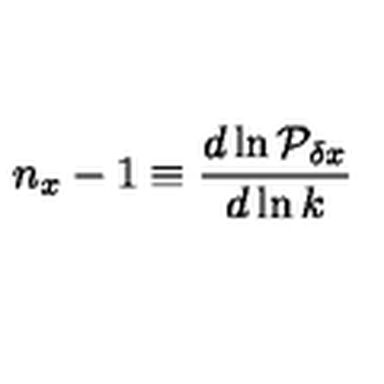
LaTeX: n _ { x } - 1 \equiv { \frac { d \ln { \cal P } _ { \delta x } } { d \ln k } }